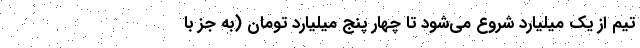
تیم از یک میلیارد شروع می‌شود تا چهار پنج میلیارد تومان (به جز با